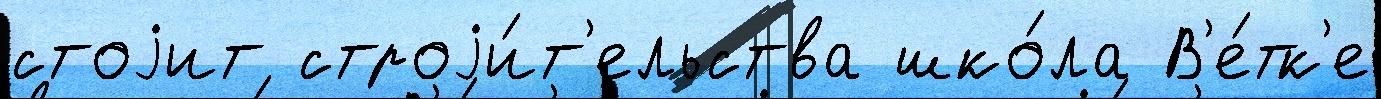
стоjит строjи́т'ельства шко́ла В'е́тк'е